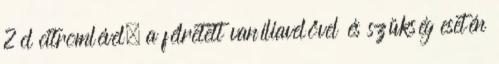
2 cl citromlével, a félretett vaníliavelővel és szükség esetén